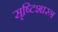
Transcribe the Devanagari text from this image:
सृष्टिशास्त्र